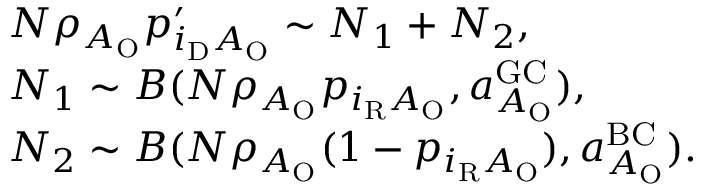
\begin{array} { r l } & { N \rho _ { A _ { \mathrm { O } } } p _ { i _ { \mathrm { D } } A _ { \mathrm { O } } } ^ { \prime } \sim N _ { 1 } + N _ { 2 } , } \\ & { N _ { 1 } \sim { \cal B } ( N \rho _ { A _ { \mathrm { O } } } p _ { i _ { \mathrm { R } } A _ { \mathrm { O } } } , a _ { A _ { \mathrm { O } } } ^ { \mathrm { G C } } ) , } \\ & { N _ { 2 } \sim { \cal B } ( N \rho _ { A _ { \mathrm { O } } } ( 1 - p _ { i _ { \mathrm { R } } A _ { \mathrm { O } } } ) , a _ { A _ { \mathrm { O } } } ^ { \mathrm { B C } } ) . } \end{array}